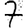
Digit: 7